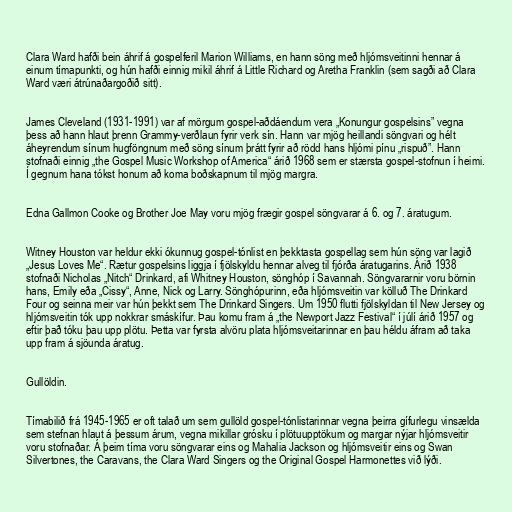
Clara Ward hafði bein áhrif á gospelferil Marion Williams, en hann söng með hljómsveitinni hennar á
einum tímapunkti, og hún hafði einnig mikil áhrif á Little Richard og Aretha Franklin (sem sagði að Clara
Ward væri átrúnaðargoðið sitt).

James Cleveland (1931-1991) var af mörgum gospel-aðdáendum vera „Konungur gospelsins” vegna
þess að hann hlaut þrenn Grammy-verðlaun fyrir verk sín. Hann var mjög heillandi söngvari og hélt
áheyrendum sínum hugföngnum með söng sínum þrátt fyrir að rödd hans hljómi pínu „rispuð”. Hann
stofnaði einnig „the Gospel Music Workshop of America“ árið 1968 sem er stærsta gospel-stofnun í heimi.
Í gegnum hana tókst honum að koma boðskapnum til mjög margra.

Edna Gallmon Cooke og Brother Joe May voru mjög frægir gospel söngvarar á 6. og 7. áratugum.

Witney Houston var heldur ekki ókunnug gospel-tónlist en þekktasta gospellag sem hún söng var lagið
„Jesus Loves Me“. Rætur gospelsins liggja í fjölskyldu hennar alveg til fjórða áratugarins. Árið 1938
stofnaði Nicholas „Nitch“ Drinkard, afi Whitney Houston, sönghóp í Savannah. Söngvararnir voru börnin
hans, Emily eða „Cissy“, Anne, Nick og Larry. Sönghópurinn, eða hljómsveitin var kölluð The Drinkard
Four og seinna meir var hún þekkt sem The Drinkard Singers. Um 1950 flutti fjölskyldan til New Jersey og
hljómsveitin tók upp nokkrar smáskífur. Þau komu fram á „the Newport Jazz Festival“ í júlí árið 1957 og
eftir það tóku þau upp plötu. Þetta var fyrsta alvöru plata hljómsveitarinnar en þau héldu áfram að taka
upp fram á sjöunda áratug.

Gullöldin.

Tímabilið frá 1945-1965 er oft talað um sem gullöld gospel-tónlistarinnar vegna þeirra gífurlegu vinsælda
sem stefnan hlaut á þessum árum, vegna mikillar grósku í plötuupptökum og margar nýjar hljómsveitir
voru stofnaðar. Á þeim tíma voru söngvarar eins og Mahalia Jackson og hljómsveitir eins og Swan
Silvertones, the Caravans, the Clara Ward Singers og the Original Gospel Harmonettes við lýði.